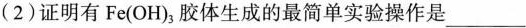
(2)证明有Fe(OH)_{3}胶体生成的最简单实验操作是___